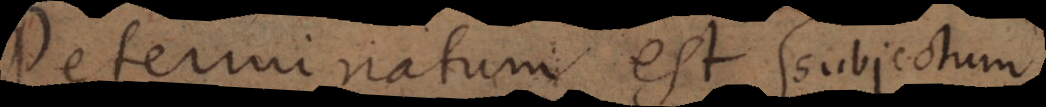
determinatum est quatenus